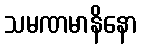
သမဏမာနိနော